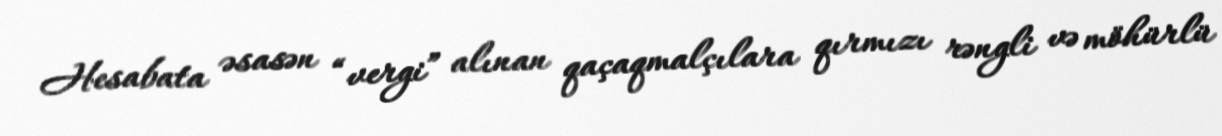
Hesabata əsasən “vergi” alınan qaçaqmalçılara qırmızı rəngli və möhürlü